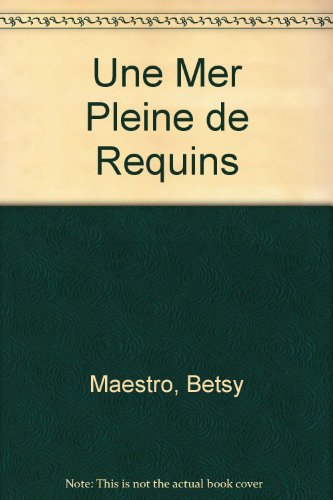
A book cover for Une Mer Pleine de Requins; Betsy Maestro; Sports & Outdoors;